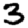
Digit: 3